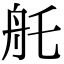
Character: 𦨎